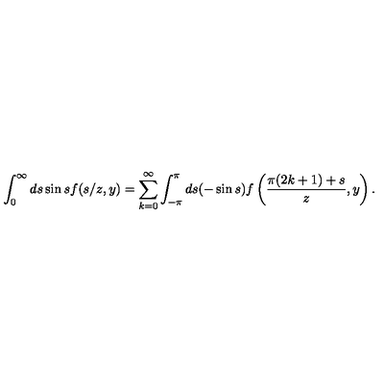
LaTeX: \int _ { 0 } ^ { \infty } d s \sin s f ( s / z , y ) = \sum _ { k = 0 } ^ { \infty } \int _ { - \pi } ^ { \pi } d s ( - \sin s ) f \left( \frac { \pi ( 2 k + 1 ) + s } z , y \right) .